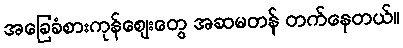
အခြေခံစားကုန်ဈေးတွေ အဆမတန် တက်နေတယ်။